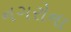
નગરોના